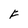
Character: F